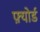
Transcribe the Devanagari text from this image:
फ़्योर्ड